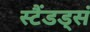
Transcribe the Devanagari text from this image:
स्टैंडड्सं